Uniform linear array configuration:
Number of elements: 8
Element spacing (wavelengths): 1
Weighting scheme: hann
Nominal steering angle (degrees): -45
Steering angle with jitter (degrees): -45.651
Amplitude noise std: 0.05
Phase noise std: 0.05

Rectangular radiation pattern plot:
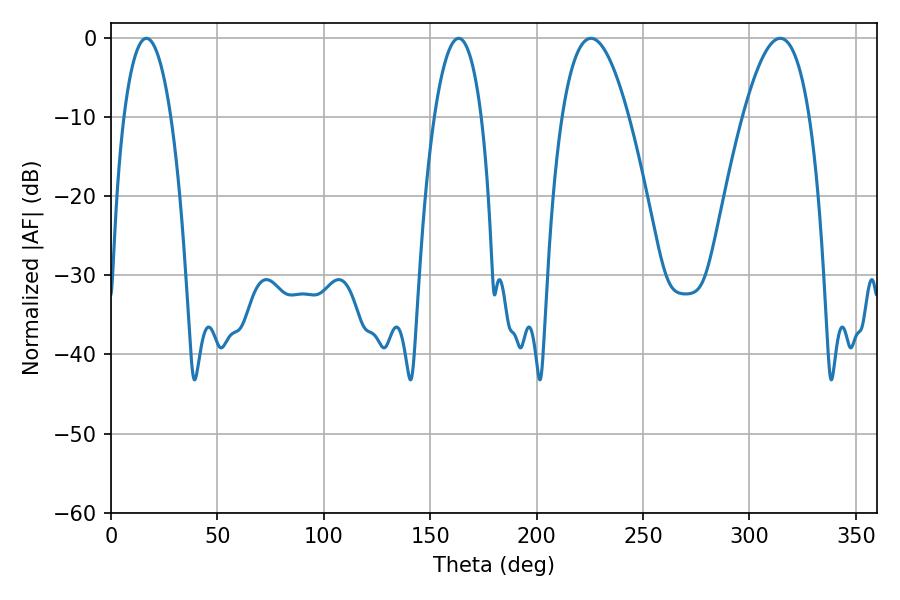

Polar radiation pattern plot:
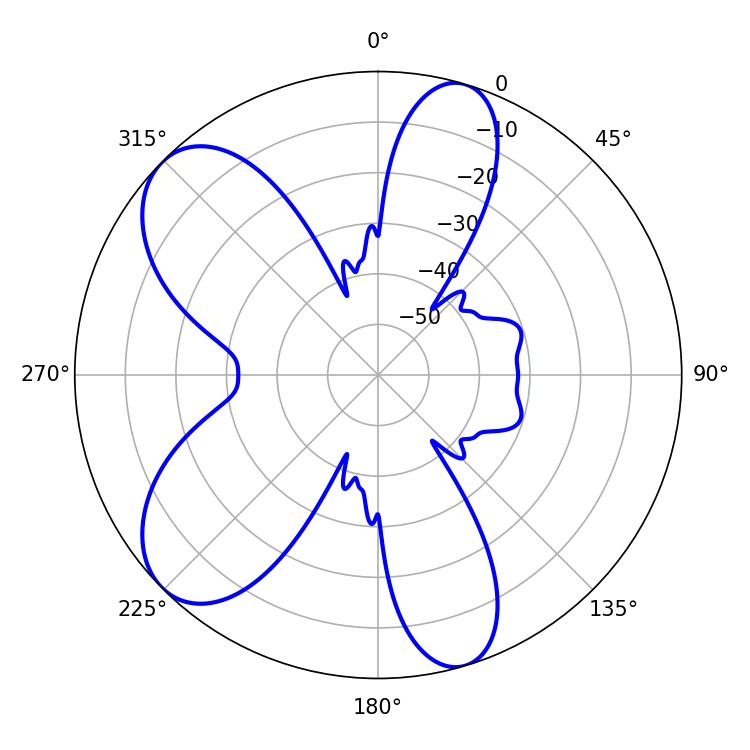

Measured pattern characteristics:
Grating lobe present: TRUE
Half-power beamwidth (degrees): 17.1
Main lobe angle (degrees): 225.54